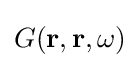
G(\mathbf {r} ,\mathbf {r} ,\omega )